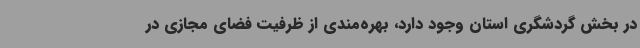
در بخش گردشگری استان وجود دارد، بهره‌مندی از ظرفیت فضای مجازی در